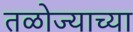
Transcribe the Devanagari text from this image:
तळोज्याच्या